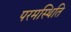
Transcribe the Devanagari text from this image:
परमस्थिति